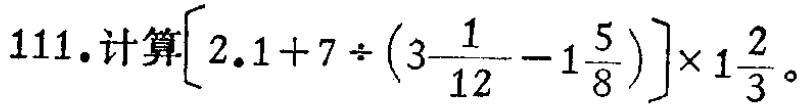
111. 计算\(\left[2.1 + 7\div\left(3\frac{1}{12}-1\frac{5}{8}\right)\right]\times1\frac{2}{3}\)。